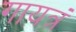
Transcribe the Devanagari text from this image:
गायत्रं